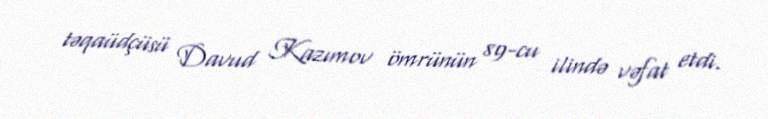
təqaüdçüsü Davud Kazımov ömrünün 89-cu ilində vəfat etdi.